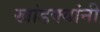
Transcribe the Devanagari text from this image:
खांडक्यांनी